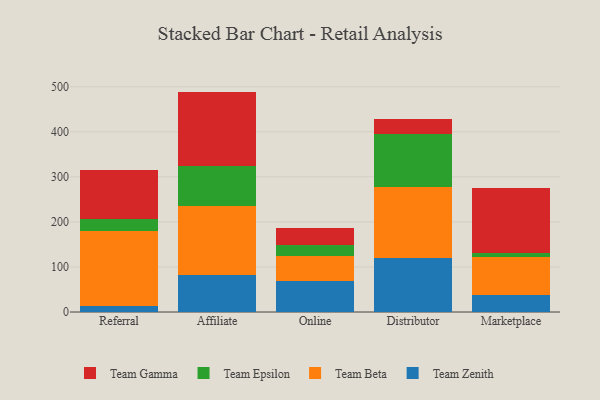
{"axis": {"x": "Channel", "y": "Revenue (USD Million)"}, "legend": ["Team Beta", "Team Epsilon", "Team Gamma", "Team Zenith"], "data": [{"x": "Referral", "y": 14.1, "type": "Team Zenith"}, {"x": "Referral", "y": 166.0, "type": "Team Beta"}, {"x": "Referral", "y": 27.3, "type": "Team Epsilon"}, {"x": "Referral", "y": 108.4, "type": "Team Gamma"}, {"x": "Affiliate", "y": 82.3, "type": "Team Zenith"}, {"x": "Affiliate", "y": 152.7, "type": "Team Beta"}, {"x": "Affiliate", "y": 89.4, "type": "Team Epsilon"}, {"x": "Affiliate", "y": 164.9, "type": "Team Gamma"}, {"x": "Online", "y": 69.9, "type": "Team Zenith"}, {"x": "Online", "y": 53.5, "type": "Team Beta"}, {"x": "Online", "y": 25.5, "type": "Team Epsilon"}, {"x": "Online", "y": 37.4, "type": "Team Gamma"}, {"x": "Distributor", "y": 120.0, "type": "Team Zenith"}, {"x": "Distributor", "y": 158.6, "type": "Team Beta"}, {"x": "Distributor", "y": 115.9, "type": "Team Epsilon"}, {"x": "Distributor", "y": 34.5, "type": "Team Gamma"}, {"x": "Marketplace", "y": 38.7, "type": "Team Zenith"}, {"x": "Marketplace", "y": 82.5, "type": "Team Beta"}, {"x": "Marketplace", "y": 9.9, "type": "Team Epsilon"}, {"x": "Marketplace", "y": 144.6, "type": "Team Gamma"}]}